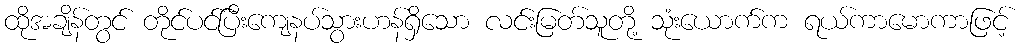
ထိုအချိန်တွင် တိုင်ပင်ပြီးကျေနပ်သွားဟန်ရှိသော လင်းမြတ်သူတို့ သုံးယောက်က ရယ်ကာမောကာဖြင့်